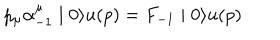
LaTeX: p _ { \mu } \alpha _ { - 1 } ^ { \mu } \mid 0 \rangle u ( p ) = F _ { - 1 } \mid 0 \rangle u ( p )